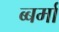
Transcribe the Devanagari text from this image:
ब्बर्मा